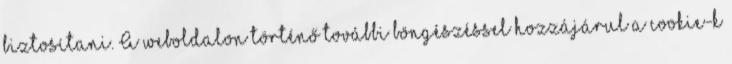
biztosítani. A weboldalon történő további böngészéssel hozzájárul a cookie-k